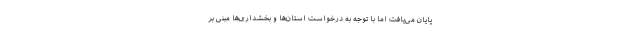
پایان می‌یافت اما با توجه به درخواست استان‌ها و بخشداری‌ها مبنی بر